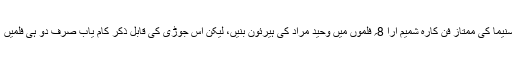
پچاس کی دہائی میں متعارف ہونے والی پاکستانی سنیما کی ممتاز فن کارہ شمیم آرا 8؍ فلموں میں وحید مراد کی ہیرئون بنیں، لیکن اس جوڑی کی قابل ذکر کام یاب صرف دو ہی فلمیں ’’سالگرہ‘‘ اور ’’دل میرا دھڑکن تیری‘‘ ثابت ہوئیں۔